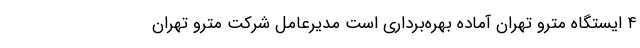
۴ ایستگاه مترو تهران آماده بهره‌برداری است مدیرعامل شرکت مترو تهران